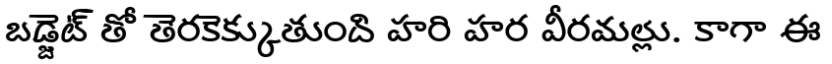
బడ్జెట్ తో తెరకెక్కుతుంది హరి హర వీరమల్లు. కాగా ఈ